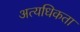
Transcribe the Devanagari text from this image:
अत्यधिकता